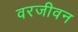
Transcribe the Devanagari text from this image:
वरजीवन